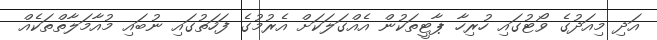
އަދި މިއަދުގެ ވޯޓުގައި ހުރިހާ ޕާޓީތަކުން އެއްގަލަކަށް އެރުމުގެ ފަހަތުގައި ނުބައި މުއާމަލާތްތަކެއް